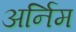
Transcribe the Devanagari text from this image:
अर्निम